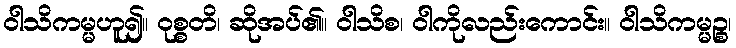
ဝါသိကမ္မဟူ၍။ ဝုစ္စတိ၊ ဆိုအပ်၏။ ဝါသိစ၊ ဝါကိုလည်းကောင်း။ ဝါသိကမ္မဉ္စ၊